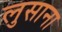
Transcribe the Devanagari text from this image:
लुसाना